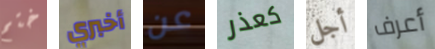
ختم أخبري عن كعذر أجل أعرف